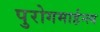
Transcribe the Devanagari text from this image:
पुरोगमार्हन्त्य